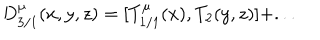
D _ { 3 / 1 } ^ { \mu } ( x , y , z ) = [ T _ { 1 / 1 } ^ { \mu } ( x ) , T _ { 2 } ( y , z ) ] + . . .